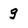
Character: g